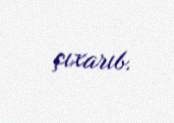
çıxarıb.